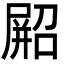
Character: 𫵥